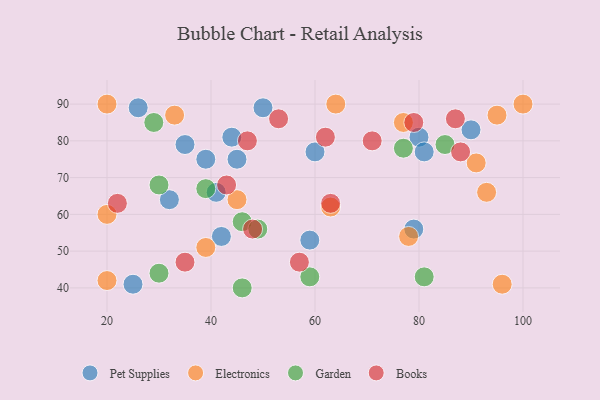
{"axis": {"x": "GDP", "y": "Life Expectancy"}, "legend": ["Books", "Electronics", "Garden", "Pet Supplies"], "data": [{"x": "90", "y": 83, "type": "Pet Supplies"}, {"x": "44", "y": 81, "type": "Pet Supplies"}, {"x": "59", "y": 53, "type": "Pet Supplies"}, {"x": "50", "y": 89, "type": "Pet Supplies"}, {"x": "25", "y": 41, "type": "Pet Supplies"}, {"x": "41", "y": 66, "type": "Pet Supplies"}, {"x": "42", "y": 54, "type": "Pet Supplies"}, {"x": "60", "y": 77, "type": "Pet Supplies"}, {"x": "26", "y": 89, "type": "Pet Supplies"}, {"x": "80", "y": 81, "type": "Pet Supplies"}, {"x": "35", "y": 79, "type": "Pet Supplies"}, {"x": "39", "y": 75, "type": "Pet Supplies"}, {"x": "45", "y": 75, "type": "Pet Supplies"}, {"x": "81", "y": 77, "type": "Pet Supplies"}, {"x": "79", "y": 56, "type": "Pet Supplies"}, {"x": "32", "y": 64, "type": "Pet Supplies"}, {"x": "95", "y": 87, "type": "Electronics"}, {"x": "100", "y": 90, "type": "Electronics"}, {"x": "20", "y": 90, "type": "Electronics"}, {"x": "77", "y": 85, "type": "Electronics"}, {"x": "20", "y": 42, "type": "Electronics"}, {"x": "91", "y": 74, "type": "Electronics"}, {"x": "20", "y": 60, "type": "Electronics"}, {"x": "78", "y": 54, "type": "Electronics"}, {"x": "39", "y": 51, "type": "Electronics"}, {"x": "45", "y": 64, "type": "Electronics"}, {"x": "93", "y": 66, "type": "Electronics"}, {"x": "33", "y": 87, "type": "Electronics"}, {"x": "63", "y": 62, "type": "Electronics"}, {"x": "64", "y": 90, "type": "Electronics"}, {"x": "96", "y": 41, "type": "Electronics"}, {"x": "39", "y": 67, "type": "Garden"}, {"x": "46", "y": 58, "type": "Garden"}, {"x": "77", "y": 78, "type": "Garden"}, {"x": "49", "y": 56, "type": "Garden"}, {"x": "85", "y": 79, "type": "Garden"}, {"x": "30", "y": 44, "type": "Garden"}, {"x": "59", "y": 43, "type": "Garden"}, {"x": "46", "y": 40, "type": "Garden"}, {"x": "30", "y": 68, "type": "Garden"}, {"x": "81", "y": 43, "type": "Garden"}, {"x": "29", "y": 85, "type": "Garden"}, {"x": "79", "y": 85, "type": "Books"}, {"x": "22", "y": 63, "type": "Books"}, {"x": "57", "y": 47, "type": "Books"}, {"x": "62", "y": 81, "type": "Books"}, {"x": "53", "y": 86, "type": "Books"}, {"x": "63", "y": 63, "type": "Books"}, {"x": "48", "y": 56, "type": "Books"}, {"x": "35", "y": 47, "type": "Books"}, {"x": "47", "y": 80, "type": "Books"}, {"x": "43", "y": 68, "type": "Books"}, {"x": "87", "y": 86, "type": "Books"}, {"x": "88", "y": 77, "type": "Books"}, {"x": "71", "y": 80, "type": "Books"}]}